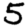
Digit: 5